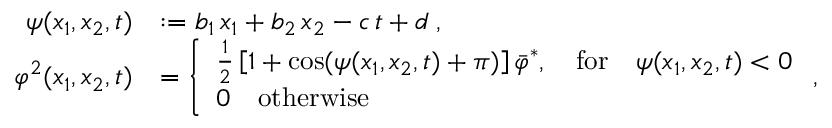
\begin{array} { r l } { \psi ( x _ { 1 } , x _ { 2 } , t ) } & { : = b _ { 1 } \, x _ { 1 } + b _ { 2 } \, x _ { 2 } - c \, t + d \; , } \\ { \varphi ^ { 2 } ( x _ { 1 } , x _ { 2 } , t ) } & { = \left\{ \begin{array} { l l } { \frac { 1 } { 2 } \left[ 1 + \cos ( \psi ( x _ { 1 } , x _ { 2 } , t ) + \pi ) \right] \bar { \varphi } ^ { * } , \quad \mathrm { f o r } \quad \psi ( x _ { 1 } , x _ { 2 } , t ) < 0 } \\ { 0 \quad \mathrm { o t h e r w i s e } } \end{array} \right. , } \end{array}